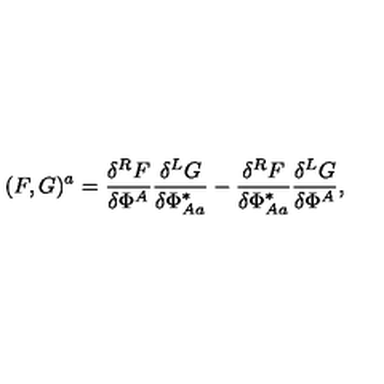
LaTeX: ( F , G ) ^ { a } = \frac { \delta ^ { R } F } { \delta \Phi ^ { A } } \frac { \delta ^ { L } G } { \delta \Phi _ { A a } ^ { * } } - \frac { \delta ^ { R } F } { \delta \Phi _ { A a } ^ { * } } \frac { \delta ^ { L } G } { \delta \Phi ^ { A } } ,